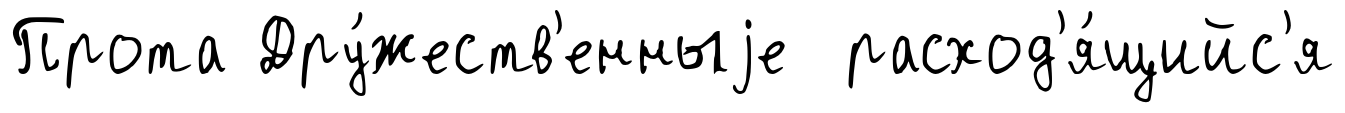
Прота Дру́жеств'енныjе расход'я́щийс'я